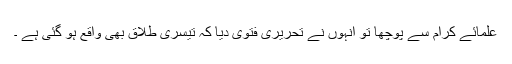
علمائے کرام سے پوچھا تو انہوں نے تحریری فتوی دیا کہ تیسری طلاق بھی واقع ہو گئی ہے ۔